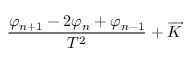
\frac { \varphi _ { n + 1 } - 2 \varphi _ { n } + \varphi _ { n - 1 } } { T ^ { 2 } } + \overrightarrow { K }